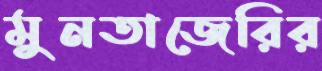
মুনতাজেরির